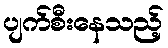
ပျက်စီးနေသည့်